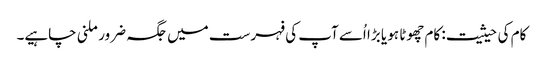
کام کی حیثیت: کام چھوٹا ہو یا بڑا اُسے آپ کی فہرست میں جگہ ضرور ملنی چاہیے۔